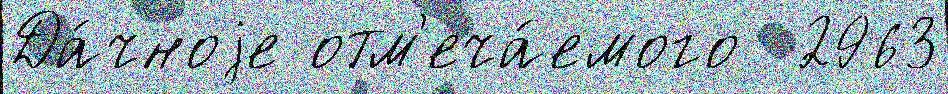
Да́чноjе отм'еча́емого  2963